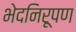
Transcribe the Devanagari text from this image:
भेदनिरूपण